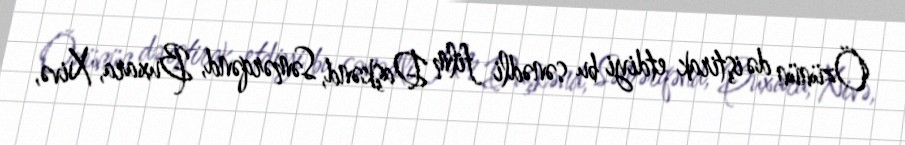
Özünün də iştirak etdiyi bu sənədli film Daşkənd, Səmərqənd, Buxara, Xivə,